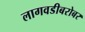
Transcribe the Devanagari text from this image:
लागवडीबरोबर